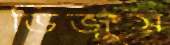
ডিজুস